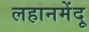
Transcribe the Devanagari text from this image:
लहानमेंदू